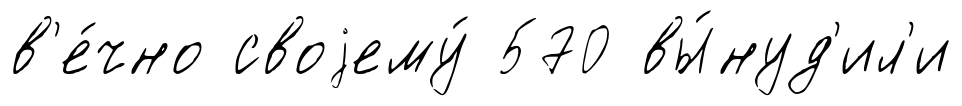
в'е́чно своjему́ 570 вы́нуд'ил'и